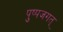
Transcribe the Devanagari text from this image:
पुष्पजगत्